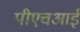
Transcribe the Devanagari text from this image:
पीएचआई